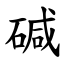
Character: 碱